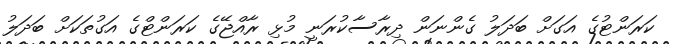
ކަރަންޓުގެ އަގަށް ބަދަލު ގެންނަން ދިރާސާކުރަނީ މުޅި ރާއްޖޭގެ ކަރަންޓްގެ އަގުތަކަށް ބަދަލު